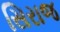
સિરાજ